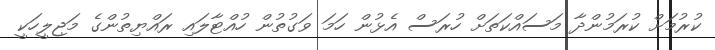
ކުރުމަށް ކުރަމުންދާ މަސައްކަތަށް ހުރަސް އެޅުން ހަމަ ވަގުތުން ހުއްޓާލައި ރައްޔިތުންގެ މަޖިލީހަކީ